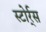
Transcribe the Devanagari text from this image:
स्टोर्र्स